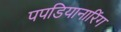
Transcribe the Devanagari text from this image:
पपडियानारिंग